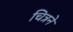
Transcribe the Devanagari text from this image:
चित्रने